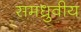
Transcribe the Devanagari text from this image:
समध्रुवीय